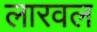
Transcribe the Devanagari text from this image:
लारवल